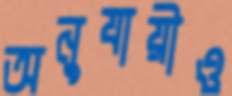
অনুযায়ীও